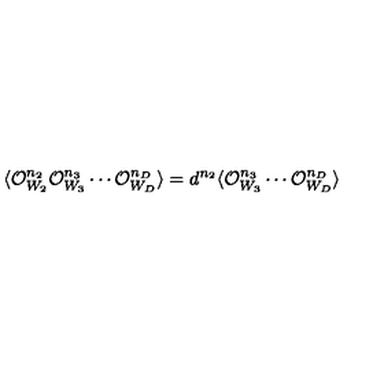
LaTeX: \langle { \cal O } _ { W _ { 2 } } ^ { n _ { 2 } } { \cal O } _ { W _ { 3 } } ^ { n _ { 3 } } \cdots { \cal O } _ { W _ { D } } ^ { n _ { D } } \rangle = d ^ { n _ { 2 } } \langle { \cal O } _ { W _ { 3 } } ^ { n _ { 3 } } \cdots { \cal O } _ { W _ { D } } ^ { n _ { D } } \rangle